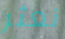
نعثر